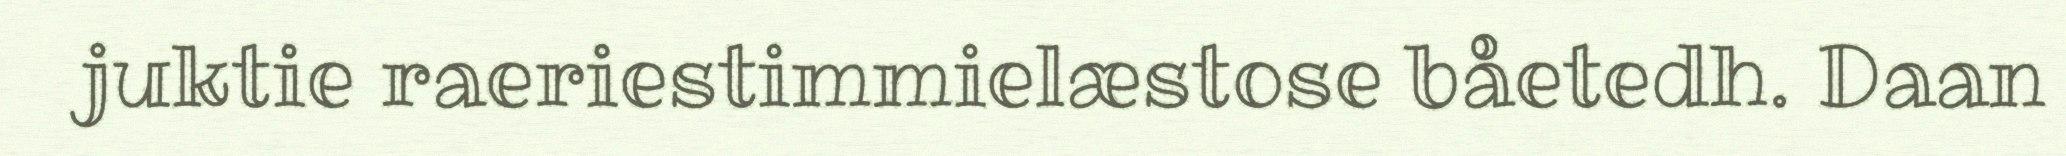
juktie raeriestimmielæstose båetedh. Daan